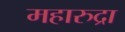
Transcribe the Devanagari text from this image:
महारुद्रा